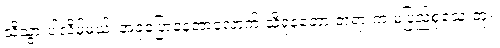
သိသွားပါလိမ့်မယ်၊ အခုပြောနေတာလောက် သိရုံနဲ့တော့ တရားက မပြည့်စုံသေးဘူး၊